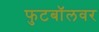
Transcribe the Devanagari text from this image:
फुटबॉलवर